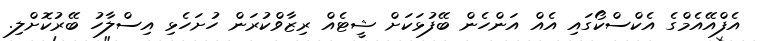
އެފްއޭއެމްގެ އެކްސްކޯގައި އެއް އަންހެން ބޭފުޅަކަށް ޝީޓެއް ރިޒާވްކުރަން ހުށަހެޅި އިސްލާހު ބޭރުކޮށްލި.